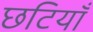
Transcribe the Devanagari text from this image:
छटियाँ